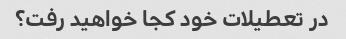
در تعطیلات خود کجا خواهید رفت؟